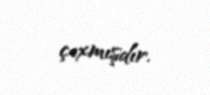
çıxmışdır.